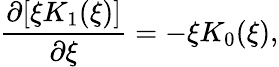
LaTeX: \frac{\partial[\xi K_{1}(\xi)]}{\partial\xi}=-\xi K_{0}(\xi),